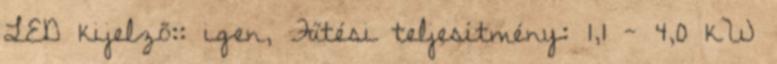
LED kijelző:: igen, Fűtési teljesítmény: 1,1 - 4,0 kW